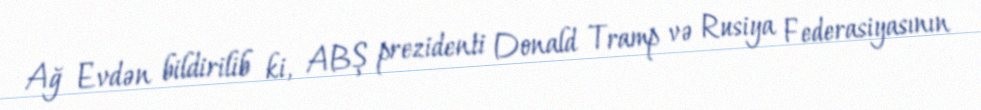
Ağ Evdən bildirilib ki, ABŞ prezidenti Donald Tramp və Rusiya Federasiyasının